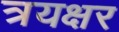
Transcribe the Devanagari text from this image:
त्रयक्षर